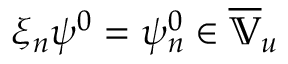
\xi _ { n } \psi ^ { 0 } = \psi _ { n } ^ { 0 } \in \overline { { \mathbb { V } } } _ { u }